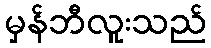
မှန်ဘီလူးသည်